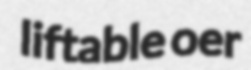
liftable oer